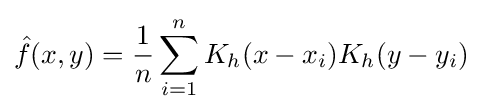
{\hat {f}}(x,y)={\frac {1}{n}}\sum _{i=1}^{n}K_{h}(x-x_{i})K_{h}(y-y_{i})